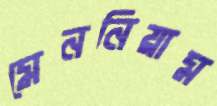
মেননিয়াম